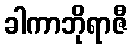
ခါကာဘိုရာဇီ